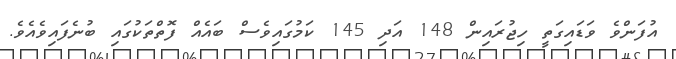
އުފަންވެ ވަޑައިގަތީ ހިޖުރައިން 148 އަދި 145 ކަމުގައިވެސް ބައެއް ފޮތްތަކުގައި ބުނެފައިވެއެވެ.